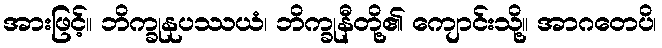
အားဖြင့်။ ဘိက္ခုနုပဿယံ၊ ဘိက္ခုနီတို့၏ ကျောင်းသို့။ အာဂတေပိ၊